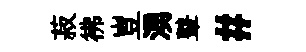
菽彿豈湧鼙#